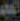
عم